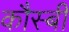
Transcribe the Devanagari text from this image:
कौस्बी